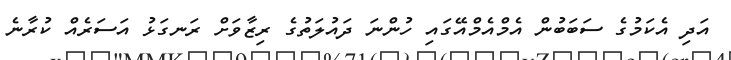
އަދި އެކަމުގެ ސަބަބުން އެމްއެމްއޭގައި ހުންނަ ދައުލަތުގެ ރިޒާވަށް ރަނގަޅު އަސަރެއް ކުރާނެ